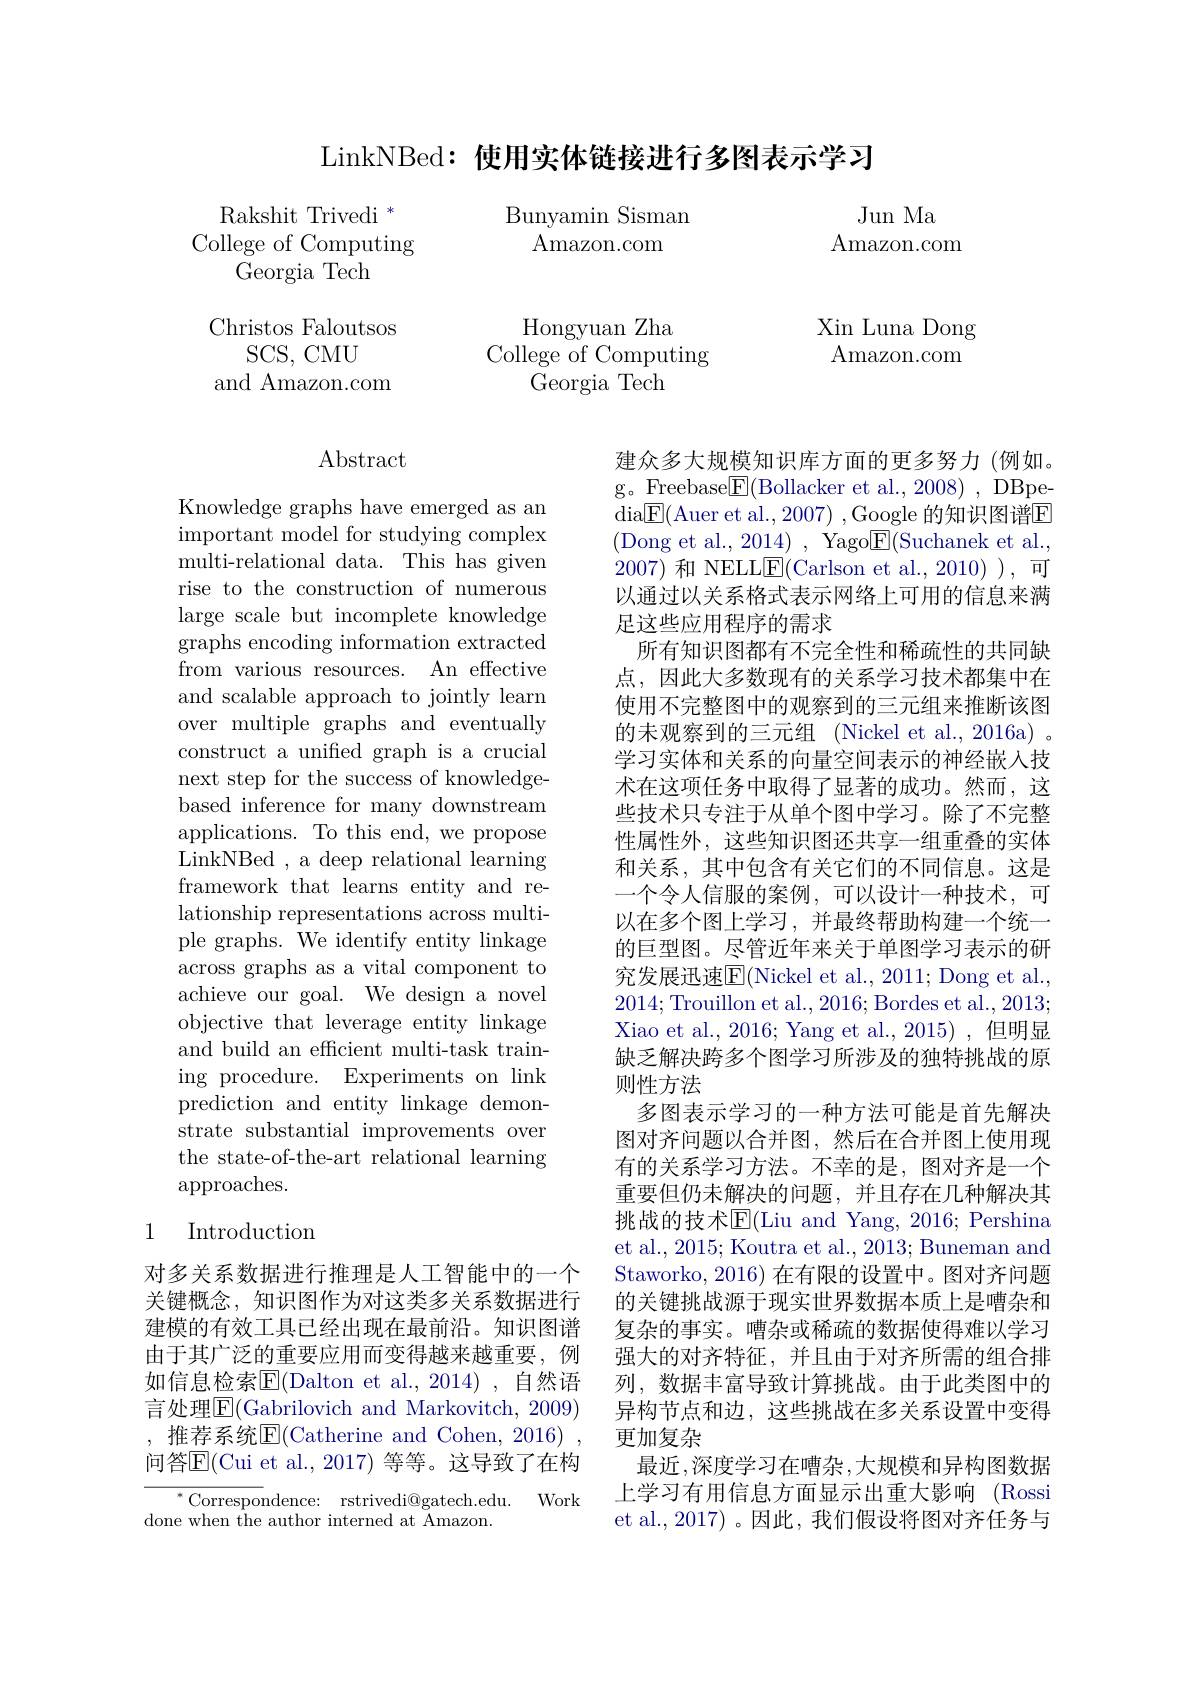
LinkNBed: 使用实体链接进行多图表示学习

Bunyamin Sisman

Jun Ma
Amazon.com

$\operatorname{Amazon.com}$

Rakshit Trivedi $^*$
College of Computing
Georgia Tech
Christos Faloutsos
SCS, CMU
and Amazon.com

Hongyuan Zha
College of Computing
Georgia Tech

Xin Luna Dong $\operatorname{Amazon.com}$

# Abstract

Knowledge graphs have emerged as an important model for studying complex multi-relational data. This has given rise to the construction of numerous large scale but incomplete knowledge graphs encoding information extracted from various resources. An effective and scalable approach to jointly learn over multiple graphs and eventually construct a unified graph is a crucial next step for the success of knowledgebased inference for many downstream applications. To this end, we propose LinkNBed , a deep relational learning framework that learns entity and relationship representations across multiple graphs. We identify entity linkage across graphs as a vital component to achieve our goal. We design a novel objective that leverage entity linkage and build an efficient multi-task training procedure. Experiments on link prediction and entity linkage demonstrate substantial improvements over the state-of-the-art relational learning approaches.

### 1 Introduction

对多关系数据进行推理是人工智能中的一个关键概念，知识图作为对这类多关系数据进行建模的有效工具已经出现在最前沿。知识图谱由于其广泛的重要应用而变得越来越重要，例$如信息检索$\operatorname{E}($Dalton et al.,2014)$,自然语言处理$\boxed{\mathrm{F}}($Gabrilovich and Markovitch, 2009) , 推荐系统$\overline{\mathrm{E}}($Catherine and Cohen, 2016), 问答$\overline{\mathrm{E}}($Cui et al., 2017) 等等。这导致了在构

Work
$^*$Correspondence: rstrivedi@gatech.edu. done when the author interned at Amazon.

建众多大规模知识库方面的更多努力 (例如。g。FreebaseE(Bollacker et al., 2008) , DBpedia$\boxed{\mathrm{F}}($Auer et al.,2007) ,Google 的知识图谱$\boxed{\mathrm{E}}$ ( Dong et al. , 2014) , Yago$\underline {\mathrm{E} }($Suchanek et al., 2007)和 NELLE(Carlson et al.,2010)),可以通过以关系格式表示网络上可用的信息来满足这些应用程序的需求
所有知识图都有不完全性和稀疏性的共同缺点，因此大多数现有的关系学习技术都集中在使用不完整图中的观察到的三元组来推断该图的未观察到的三元组 (Nickel et al., 2016a) 。学习实体和关系的向量空间表示的神经嵌入技术在这项任务中取得了显著的成功。然而，这些技术只专注于从单个图中学习。除了不完整性属性外，这些知识图还共享一组重叠的实体和关系，其中包含有关它们的不同信息。这是一个令人信服的案例，可以设计一种技术，可以在多个图上学习，并最终帮助构建一个统一的巨型图。尽管近年来关于单图学习表示的研究发展迅速$\mathbb{E}($Nickel et al., 2011; Dong et al., 2014;Trouillon et al.,2016;Bordes et al.,2013; Xiao et al., 2016; Yang et al., 2015) ,但明显缺乏解决跨多个图学习所涉及的独特挑战的原则性方法
多图表示学习的一种方法可能是首先解决图对齐问题以合并图，然后在合并图上使用现有的关系学习方法。不幸的是，图对齐是一个重要但仍未解决的问题，并且存在几种解决其挑战的技术$\overline{\mathrm{E}}($Liu and Yang, 2016; Pershina et al., 2015; Koutra et al., 2013; Buneman and Staworko, 2016) 在有限的设置中。图对齐问题的关键挑战源于现实世界数据本质上是嘈杂和复杂的事实。嘈杂或稀疏的数据使得难以学习强大的对齐特征，并且由于对齐所需的组合排列，数据丰富导致计算挑战。由于此类图中的异构节点和边，这些挑战在多关系设置中变得更加复杂
最近，深度学习在嘈杂，大规模和异构图数据上学习有用信息方面显示出重大影响(Rossi et al., 2017) 。因此，我们假设将图对齐任务与